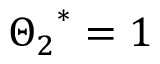
{ { \Theta _ { 2 } } ^ { * } } = 1